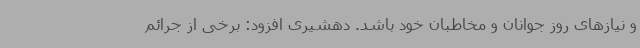
و نیازهای روز جوانان و مخاطبان خود باشد. دهشیری افزود: برخی از جرائم